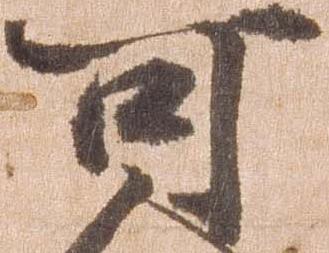
可